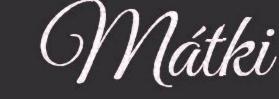
Mátki